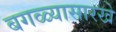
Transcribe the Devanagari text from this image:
बगळ्यासारखे